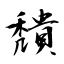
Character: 穨